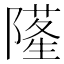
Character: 𨼜